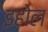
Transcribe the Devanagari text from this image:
इहोल